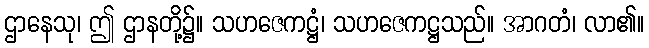
ဌာနေသု၊ ဤ ဌာနတို့၌။ သဟဇေကဋ္ဌံ၊ သဟဇေကဋ္ဌသည်။ အာဂတံ၊ လာ၏။